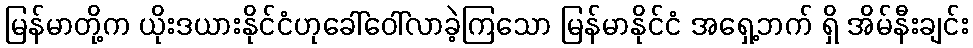
မြန်မာတို့က ယိုးဒယားနိုင်ငံဟုခေါ်ဝေါ်လာခဲ့ကြသော မြန်မာနိုင်ငံ အရှေ့ဘက် ရှိ အိမ်နီးချင်း